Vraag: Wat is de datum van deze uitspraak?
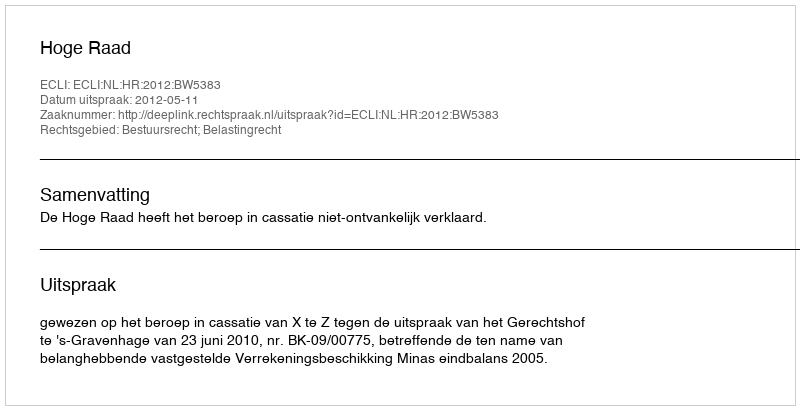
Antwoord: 2012-05-11